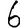
Digit: 6